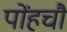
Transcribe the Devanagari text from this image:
पोंहचौ